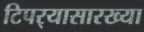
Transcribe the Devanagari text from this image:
टिपर्‍यासारख्या